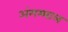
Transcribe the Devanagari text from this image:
अंगम्माल